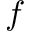
\boldsymbol { f }